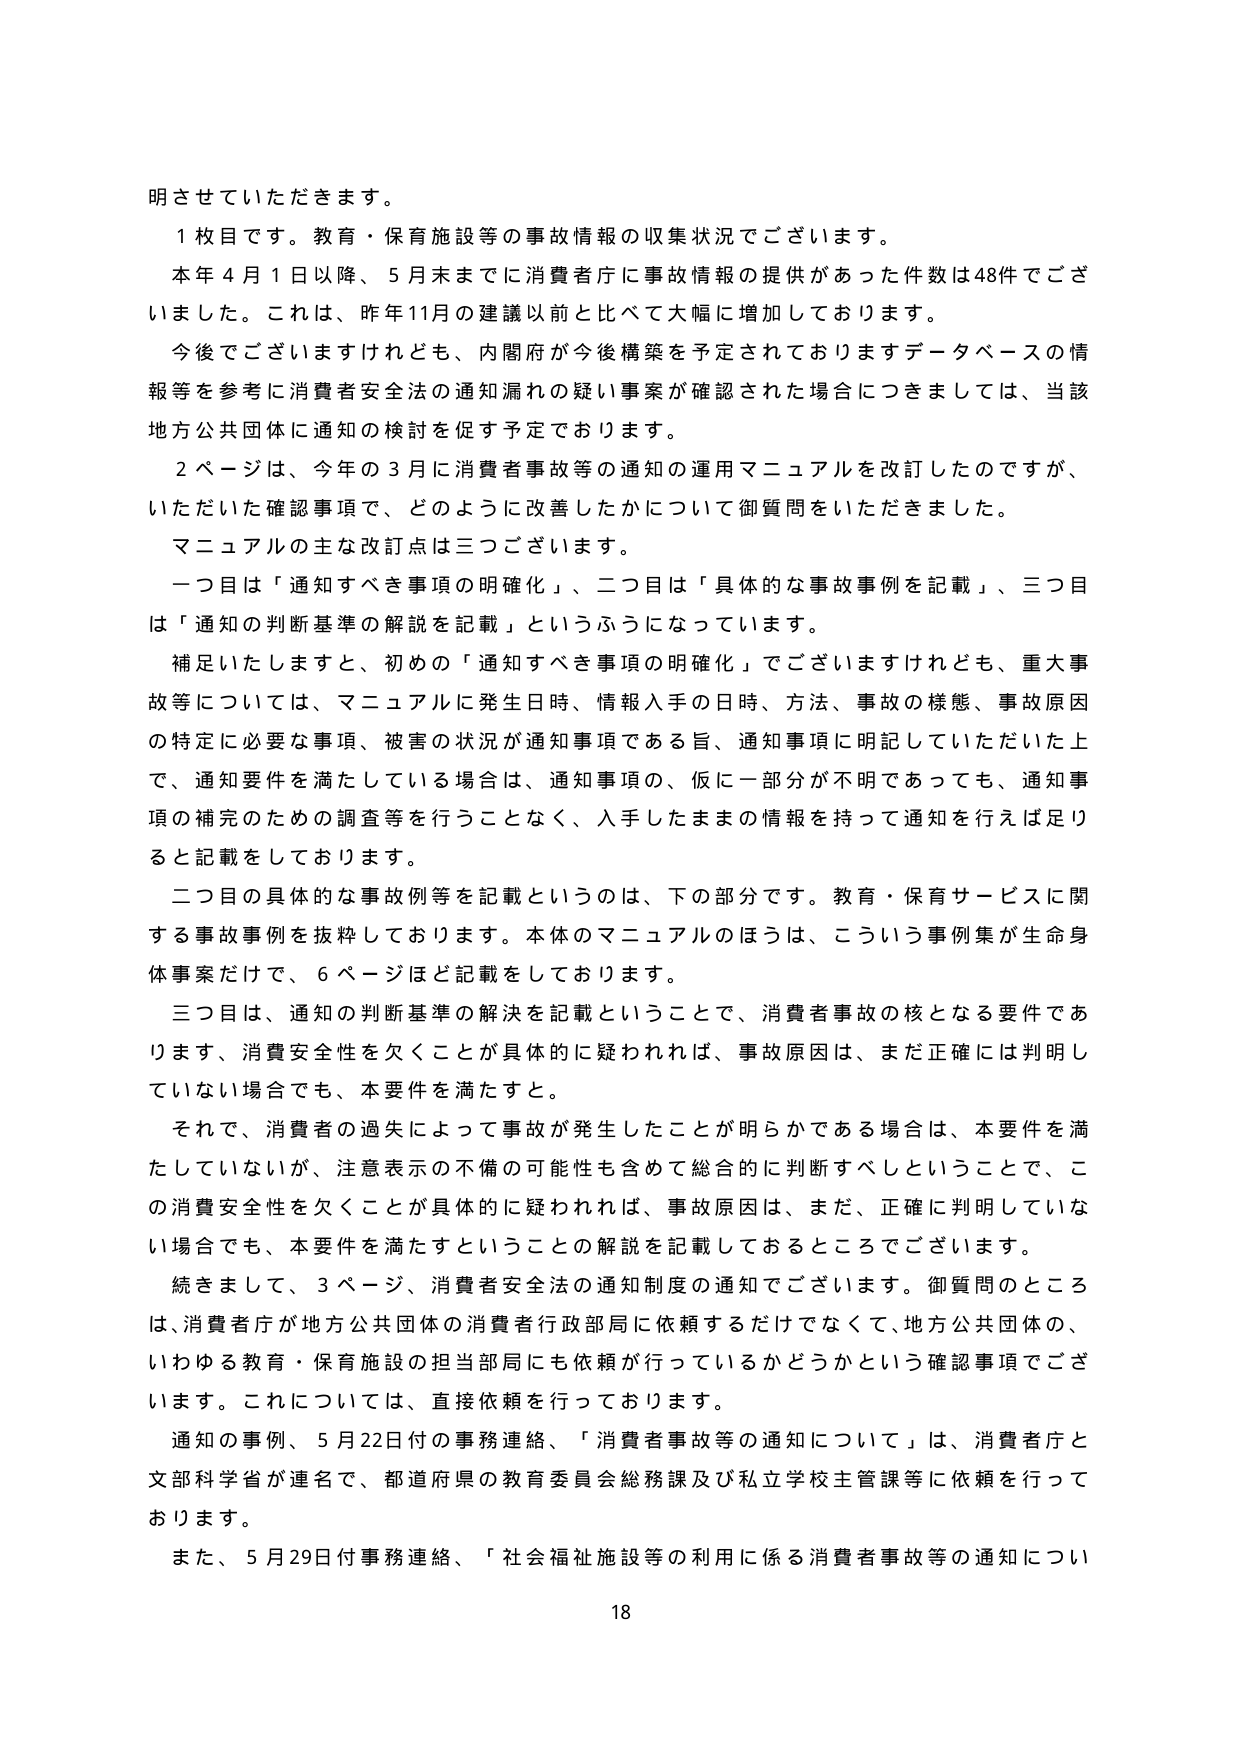
明させていただきます。

１枚目です。教育・保育施設等の事故情報の収集状況でございます。

本年４月１日以降、５月末までに消費者庁に事故情報の提供があった件数は48件でございました。これは、昨年11月の建議以前と比べて大幅に増加しております。

今後でございますけれども、内閣府が今後構築を予定されておりますデータベースの情報等を参考に消費者安全法の通知漏れの疑い事案が確認された場合につきましては、当該地方公共団体に通知の検討を促す予定でおります。

２ページは、今年の３月に消費者事故等の通知の運用マニュアルを改訂したのですが、いただいた確認事項で、どのように改善したかについて御質問をいただきました。

マニュアルの主な改訂点は三つございます。

一つ目は「通知すべき事項の明確化」、二つ目は「具体的な事故事例を記載」、三つ目は「通知の判断基準の解説を記載」というふうになっています。

補足いたしますと、初めの「通知すべき事項の明確化」でございますけれども、重大事故等については、マニュアルに発生日時、情報入手の日時、方法、事故の様態、事故原因の特定に必要な事項、被害の状況が通知事項である旨、通知事項に明記していただいた上で、通知要件を満たしている場合は、通知事項の、仮に一部分が不明であっても、通知事項の補完のための調査等を行うことなく、入手したままの情報を持って通知を行えば足りると記載しております。

二つ目の具体的な事故例等を記載というのは、下の部分です。教育・保育サービスに関する事故事例を抜粋しております。本体のマニュアルのほうは、こういう事例集が生命身体事案だけで、６ページほど記載しております。

三つ目は、通知の判断基準の解決を記載ということで、消費者事故の核となる要件であります、消費安全性を欠くことが具体的に疑われれば、事故原因は、まだ正確には判明していない場合でも、本要件を満たすと。

それで、消費者の過失によって事故が発生したことが明らかである場合は、本要件を満たしていないが、注意表示の不備の可能性も含めて総合的に判断すべしということで、この消費安全性を欠くことが具体的に疑われれば、事故原因は、まだ、正確に判明していない場合でも、本要件を満たすということの解説を記載してあるところでございます。

続きまして、３ページ、消費者安全法の通知制度の通知でございます。御質問のところは、消費者庁が地方公共団体の消費者行政部局に依頼するだけでなく、地方公共団体の、いわゆる教育・保育施設の担当部局にも依頼が行っているかどうかという確認事項でございます。これについては、直接依頼を行っております。

通知の事例、５月22日付の事務連絡、「消費者事故等の通知について」は、消費者庁と文部科学省が連名で、都道府県の教育委員会総務課及び私立学校主管課等に依頼を行っております。

また、５月29日付事務連絡、「社会福祉施設等の利用に係る消費者事故等の通知につい

18